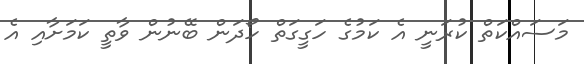
މަސައްކަތް ކުރަނީ އެ ކަމުގެ ހަގީގަތް ހޯދަން ބޭނުން ވާތީ ކަމަށާއި އެ